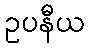
ဥပနီယ